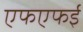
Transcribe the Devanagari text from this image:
एफएफई